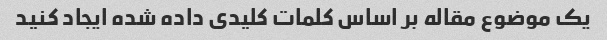
یک موضوع مقاله بر اساس کلمات کلیدی داده شده ایجاد کنید